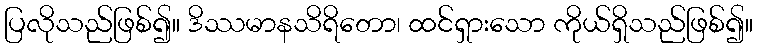
ပြလိုသည်ဖြစ်၍။ ဒိဿမာနသိရိတော၊ ထင်ရှားသော ကိုယ်ရှိသည်ဖြစ်၍။